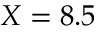
X = 8 . 5